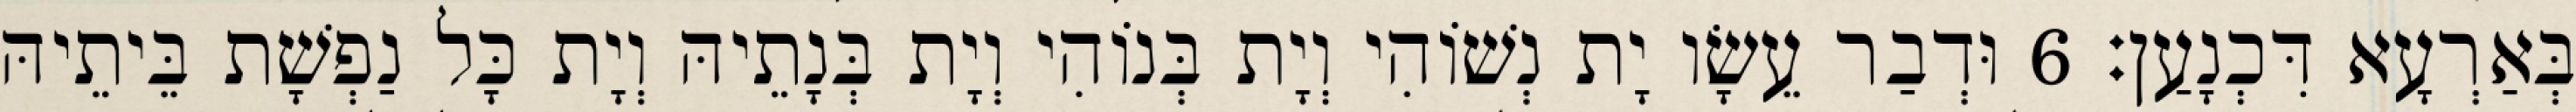
בְּאַרְעָא דִּכְנָעַן׃ 6 וּדְבַר עֵשָׂו יָת נְשׁוֹהִי וְיָת בְּנוֹהִי וְיָת בְּנָתֵיהּ וְיָת כָּל נַפְשָׁת בֵּיתֵיהּ